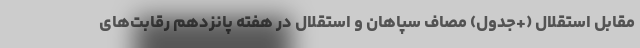
مقابل استقلال (+جدول) مصاف سپاهان و استقلال در هفته پانزدهم رقابت‌های